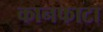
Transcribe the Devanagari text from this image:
कानफाटा